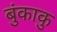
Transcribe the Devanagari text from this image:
बुंकाकु